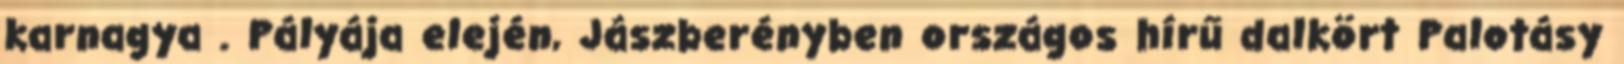
karnagya . Pályája elején, Jászberényben országos hírű dalkört Palotásy